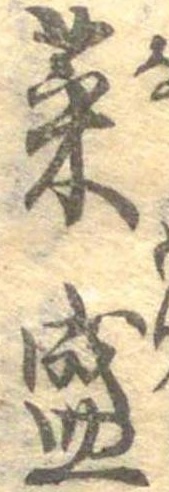
菜盛